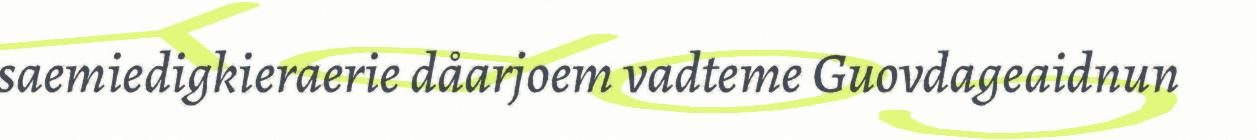
saemiedigkieraerie dåarjoem vadteme Guovdageaidnun